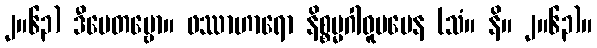
၂။၆၃) ဒီပေတဗ္ဗော။ ဖဿာဟာရော နိစ္စမ္မဂါဝူပမေန (သံ။ နိ။ ၂။၆၃)။